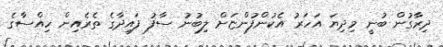
ދިރާގުން ބުނީ މިދިޔަ އަހަރު އެކުންފުންޏަށް ލިބުނު ސާފު ފައިދާގެ ތެރެއިން ހިއްސާގެ